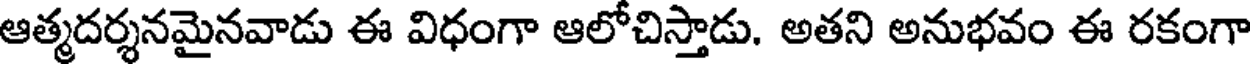
ఆత్మదర్శనమైనవాడు ఈ విధంగా ఆలోచిస్తాడు. అతని అనుభవం ఈ రకంగా